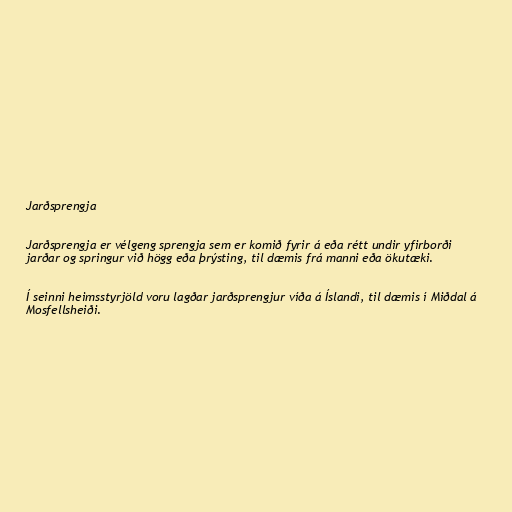
Jarðsprengja

Jarðsprengja er vélgeng sprengja sem er komið fyrir á eða rétt undir yfirborði
jarðar og springur við högg eða þrýsting, til dæmis frá manni eða ökutæki.

Í seinni heimsstyrjöld voru lagðar jarðsprengjur víða á Íslandi, til dæmis í Miðdal á
Mosfellsheiði.